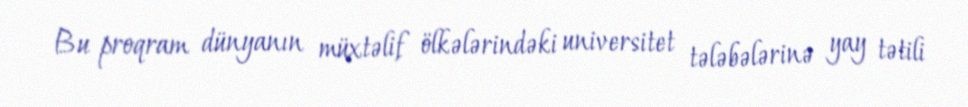
Bu proqram dünyanın müxtəlif ölkələrindəki universitet tələbələrinə yay tətili